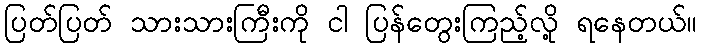
ပြတ်ပြတ် သားသားကြီးကို ငါ ပြန်တွေးကြည့်လို့ ရနေတယ်။